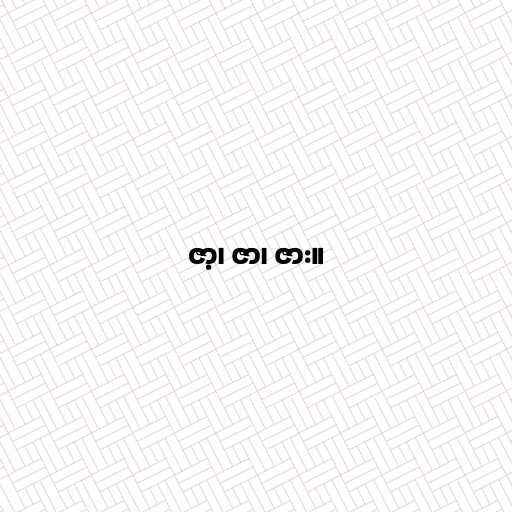
ဇာ့၊ ဇာ၊ ဇား။